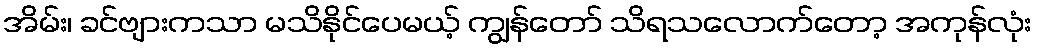
အိမ်း၊ ခင်ဗျားကသာ မသိနိုင်ပေမယ့် ကျွန်တော် သိရသလောက်တော့ အကုန်လုံး